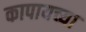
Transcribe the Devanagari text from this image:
कापायच्या